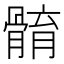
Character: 𩩣